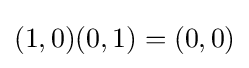
(1,0)(0,1)=(0,0)